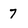
Character: 7